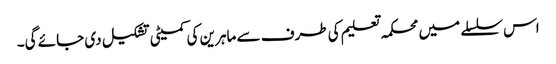
اس سلسلے میں محکمہ تعلیم کی طرف سے ماہرین کی کمیٹی تشکیل دی جائے گی۔